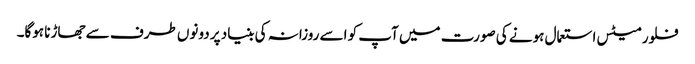
فلور میٹس استعمال ہونے کی صورت میں آپ کو اسے روزانہ کی بنیاد پر دونوں طرف سے جھاڑنا ہوگا۔